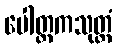
ပေါတ္ထကသုတ္တံ